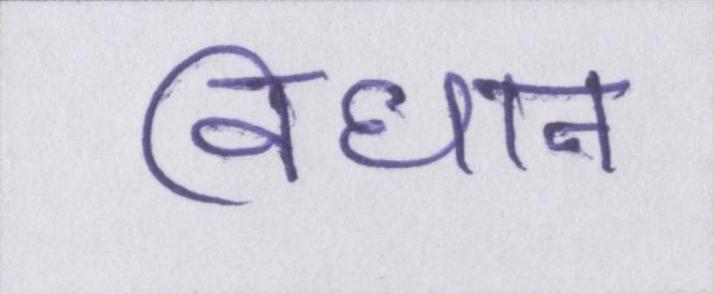
विधान